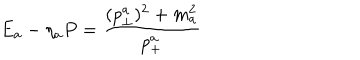
LaTeX: E _ { a } - \eta _ { a } P = { \frac { ( p _ { \perp } ^ { a } ) ^ { 2 } + m _ { a } ^ { 2 } } { p _ { + } ^ { a } } }